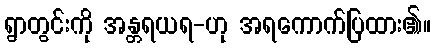
ရွာတွင်းကို အန္တရယရ-ဟု အရကောက်ပြထား၏။